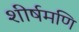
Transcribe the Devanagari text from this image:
शीर्षमणि